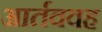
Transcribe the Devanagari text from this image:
आर्तववह